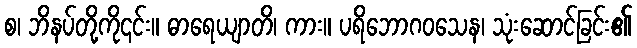
စ၊ ဘိနပ်တို့ကို၎င်း။ ဓာရေယျာတိ၊ ကား။ ပရိဘောဂဝသေန၊ သုံးဆောင်ခြင်း၏